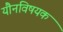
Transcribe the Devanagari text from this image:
यौनविषयक